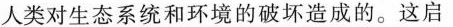
人类对生态系统和环境的破坏造成的。这启